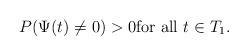
\begin{align*}P(\Psi(t) \not= 0)>0 \mbox{for all} \ t \in T_1.\end{align*}